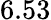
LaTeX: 6.53